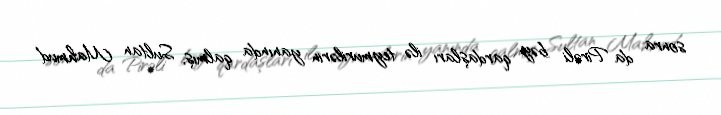
sonra da Pirəli bəy qardaşları ilə teymurilərin yanında qalmış, Sultan Mahmud